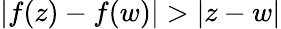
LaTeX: |f(z)-f(w)|>|z-w|